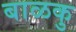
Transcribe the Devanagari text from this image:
बाळकु